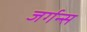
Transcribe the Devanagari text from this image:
जर्गन्स